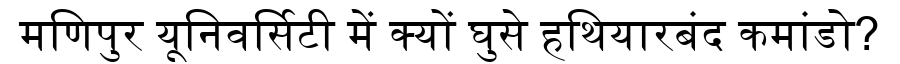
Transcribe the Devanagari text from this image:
मणिपुर यूनिवर्सिटी में क्यों घुसे हथियारबंद कमांडो?